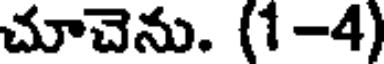
చూచెను. (1-4)